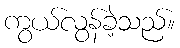
ကွယ်လွန်ခဲ့သည်။